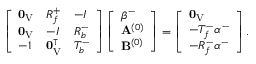
\left[ \begin{array} { l l l } { \mathbf { 0 } _ { \mathrm { V } } } & { R _ { f } ^ { + } } & { - I } \\ { \mathbf { 0 } _ { \mathrm { V } } } & { - I } & { R _ { b } ^ { - } } \\ { - 1 } & { \mathbf { 0 } _ { \mathrm { V } } ^ { \intercal } } & { T _ { b } ^ { - } } \end{array} \right] \left[ \begin{array} { l } { \beta ^ { - } } \\ { \mathbf { A } ^ { ( 0 ) } } \\ { \mathbf { B } ^ { ( 0 ) } } \end{array} \right] = \left[ \begin{array} { l } { \mathbf { 0 } _ { \mathrm { V } } } \\ { - T _ { f } ^ { - } \alpha ^ { - } } \\ { - R _ { f } ^ { - } \alpha ^ { - } } \end{array} \right] .